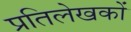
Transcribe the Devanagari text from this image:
प्रतिलेखकों